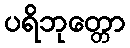
ပရိဘုတ္တော